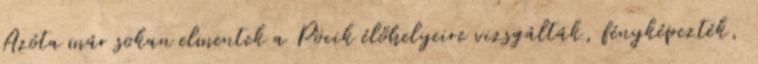
Azóta már sokan elmentek a Pöcik élőhelyeire vizsgálták, fényképezték,